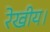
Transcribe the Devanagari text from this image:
रेखीय।